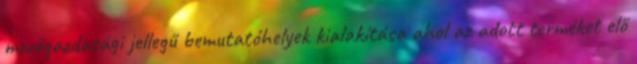
mezőgazdasági jellegű bemutatóhelyek kialakítása ahol az adott terméket elő